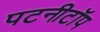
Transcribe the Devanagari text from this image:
पटनीटॉप